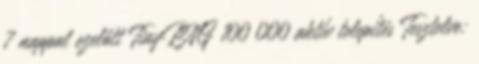
7 nappal ezelőtt TinyPNG 100 000 aktív telepítés Tesztelve: